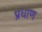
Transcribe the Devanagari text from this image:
प्रधाण